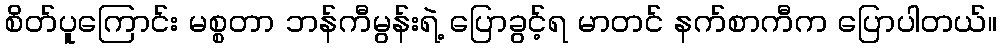
စိတ်ပူကြောင်း မစ္စတာ ဘန်ကီမွန်းရဲ့ ပြောခွင့်ရ မာတင် နက်စာကီက ပြောပါတယ်။